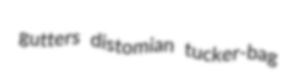
gutters distomian tucker-bag